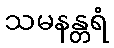
သမနန္တရံ